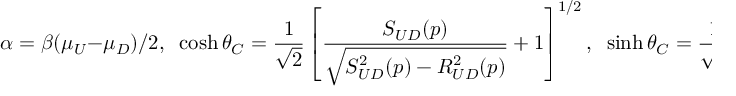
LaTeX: \alpha = \beta ( \mu _ { U } - \mu _ { D } ) / 2 , \; \; \cosh \theta _ { C } = \frac { 1 } { \sqrt { 2 } } \left[ \frac { S _ { U D } ( p ) } { \sqrt { S _ { U D } ^ { 2 } ( p ) - R _ { U D } ^ { 2 } ( p ) } } + 1 \right] ^ { 1 / 2 } , \; \; \sinh \theta _ { C } = \frac { 1 } { \sqrt { 2 } } \left[ \frac { S _ { U D } } { \sqrt { S _ { U D } ^ { 2 } ( p ) - R _ { U D } ^ { 2 } ( p ) } } - 1 \right] ^ { 1 / 2 }